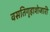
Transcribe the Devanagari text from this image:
वसतिगृहाशेजारी